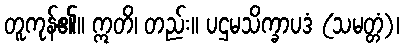
တူကုန်၏။ ဣတိ၊ တည်း။ ပဌမသိက္ခာပဒံ (သမတ္တံ)၊